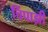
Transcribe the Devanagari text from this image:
चिंपाझी